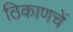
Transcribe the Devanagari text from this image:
ठिकाणचें